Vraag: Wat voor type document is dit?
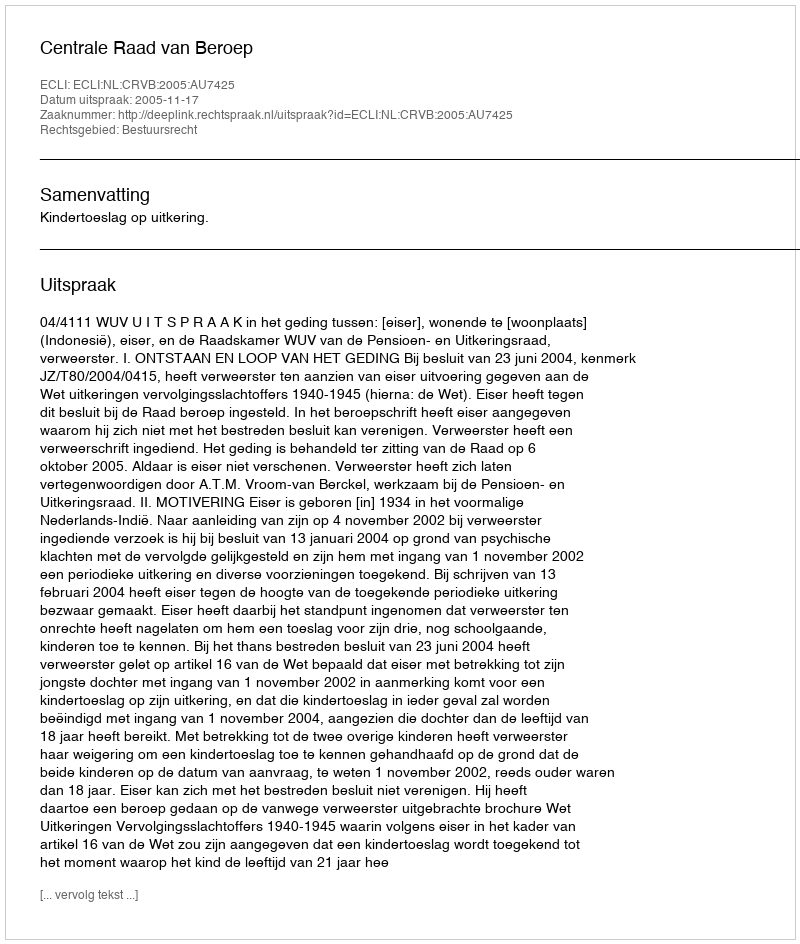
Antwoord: Uitspraak